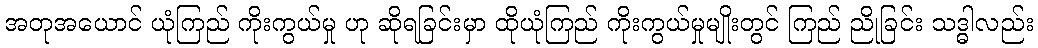
အတုအယောင် ယုံကြည် ကိုးကွယ်မှု ဟု ဆိုရခြင်းမှာ ထိုယုံကြည် ကိုးကွယ်မှုမျိုးတွင် ကြည် ညိုခြင်း သဒ္ဓါလည်း